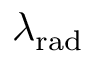
\lambda _ { \mathrm { r a d } }